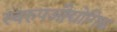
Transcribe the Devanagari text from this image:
स्वरुपऔद्योगिक